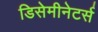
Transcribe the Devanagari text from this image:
डिसेमीनेटर्स